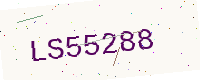
Text: LS55288